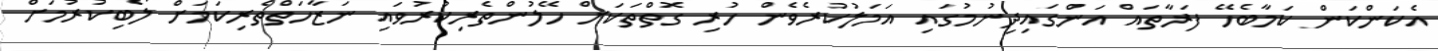
އެކަންކަން ކަމާބެހޭ ފަރާތައް އަންގައިދިނުމުގައި އަމަލުކުރެވެން ހުރި ގޮތްތަކަށް ހޭލުންތެރިކުރުވައި ނަޒާހަތްތެރިކަމަށް ލޯބިކުރުމަށް